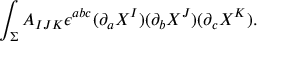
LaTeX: \int _ { \Sigma } A _ { I J K } \epsilon ^ { a b c } ( \partial _ { a } X ^ { I } ) ( \partial _ { b } X ^ { J } ) ( \partial _ { c } X ^ { K } ) .